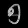
Digit: ၅